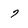
Character: 7